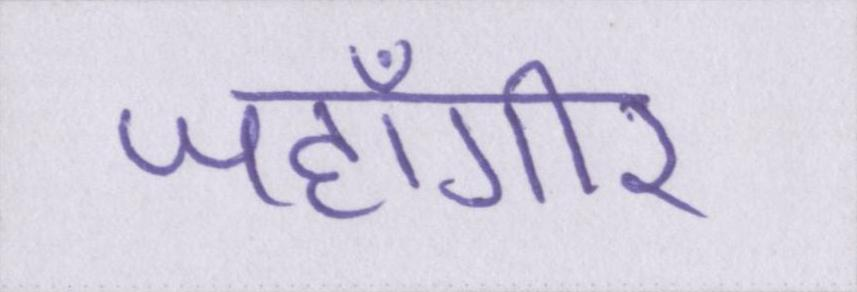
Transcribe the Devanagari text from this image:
जहाँगीर